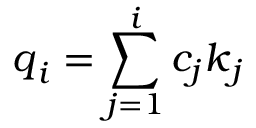
\boldsymbol { q } _ { i } = \sum _ { j = 1 } ^ { i } c _ { j } \boldsymbol { k } _ { j }